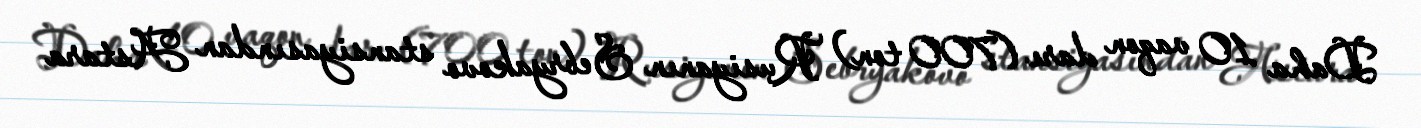
Daha 10 vaqon darı (700 ton) Rusiyanın Sebryakovo stansiyasından Astara